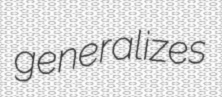
generalizes